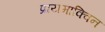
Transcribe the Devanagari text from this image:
प्रायमाक्विन